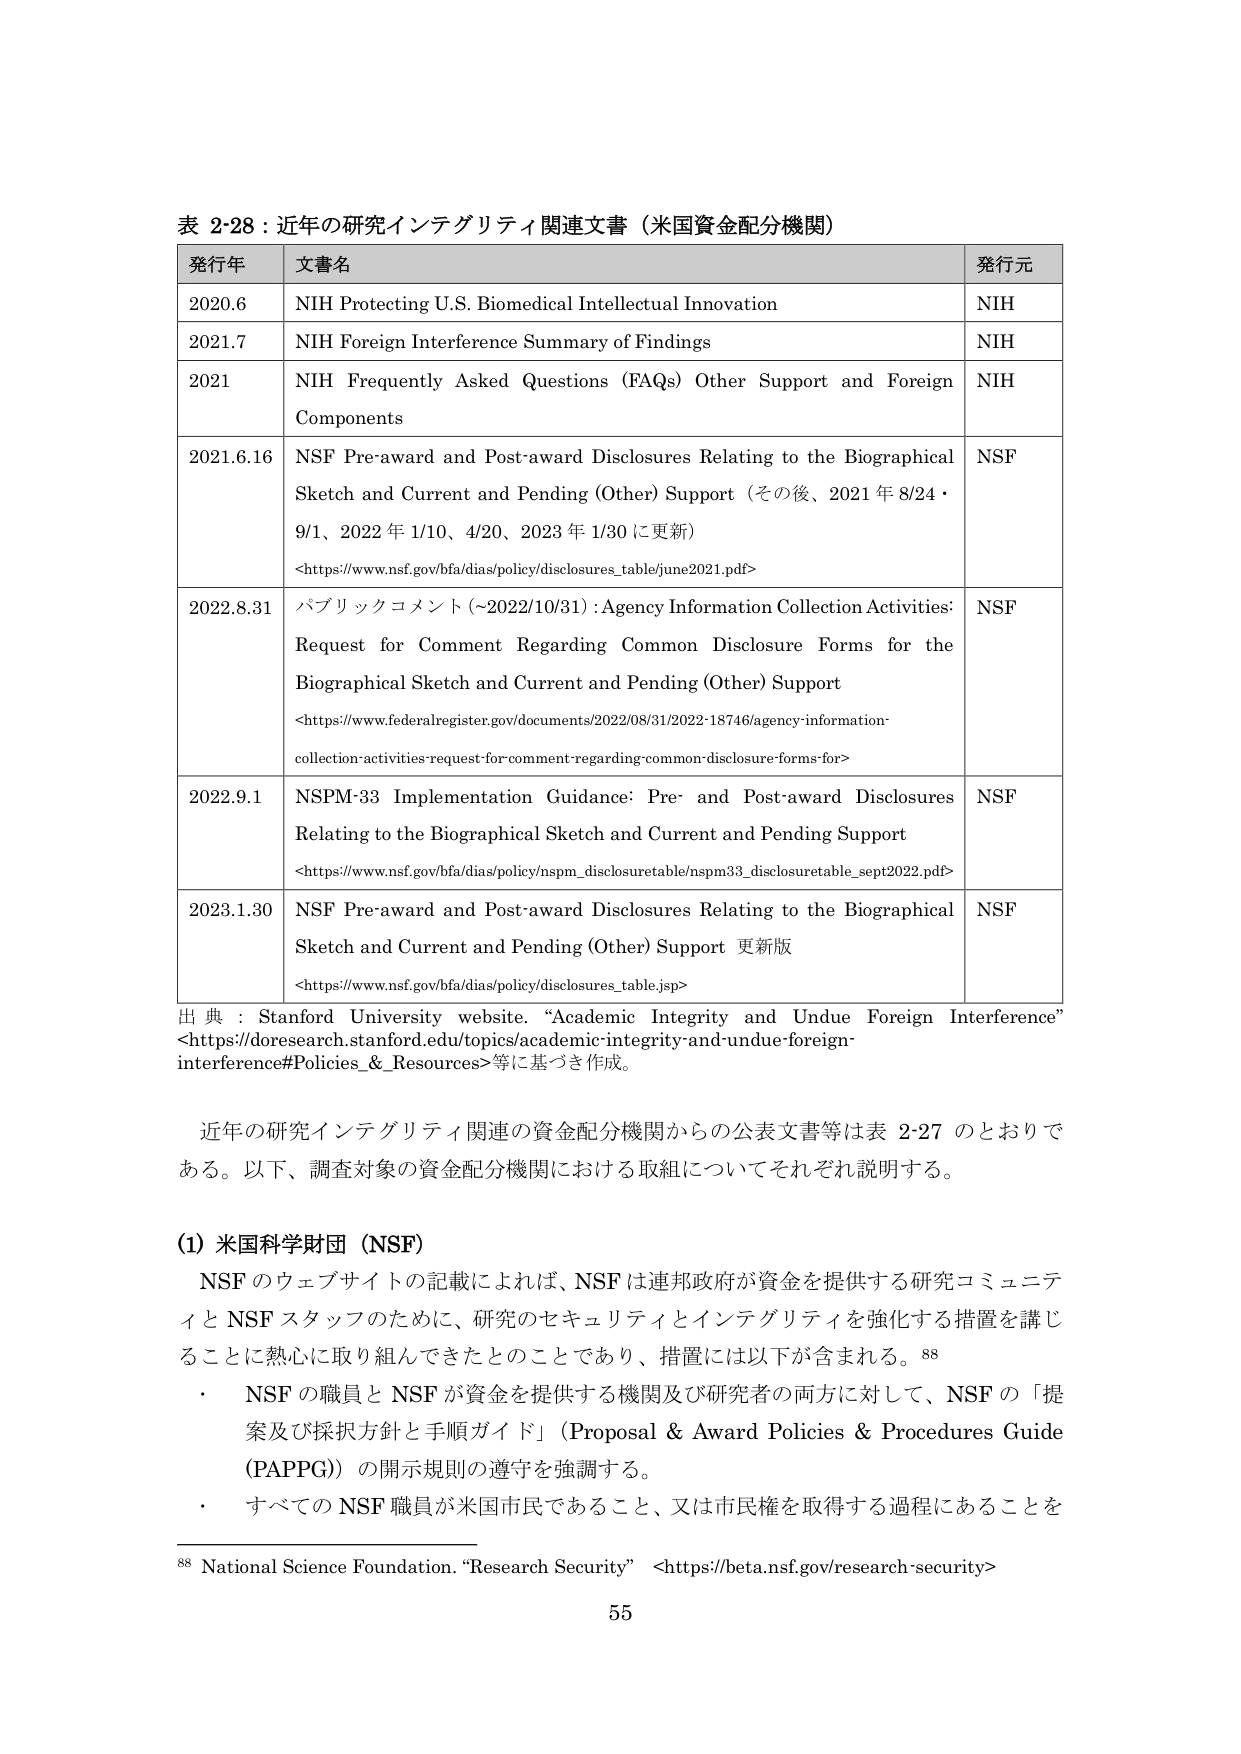
表 2-28：近年の研究インテグリティ関連文書（米国資金配分機関）

発行年 文書名 発行元
2020.6 NIH Protecting U.S. Biomedical Intellectual Innovation NIH
2021.7 NIH Foreign Interference Summary of Findings NIH
2021 NIH Frequently Asked Questions (FAQs) Other Support and Foreign Components NIH
2021.6.16 NSF Pre-award and Post-award Disclosures Relating to the Biographical Sketch and Current and Pending (Other) Support（その後、2021 年 8/24・9/1、2022 年 1/10、4/20、2023 年 1/30 に更新） <https://www.nsf.gov/bfa/dias/policy/disclosures_tablejune2021.pdf> NSF
2022.8.31 パブリックコメント（~2022/10/31）：Agency Information Collection Activities: Request for Comment Regarding Common Disclosure Forms for the Biographical Sketch and Current and Pending (Other) Support <https://www.federalregister.gov/documents/2022/08/31/2022-18746/agency-information-collection-activities-request-for-comment-regarding-common-disclosure-forms-for> NSF
2022.9.1 NSPM-33 Implementation Guidance: Pre- and Post-award Disclosures Relating to the Biographical Sketch and Current and Pending Support <https://www.nsf.gov/bfa/dias/policy/nspm_disclosuretable/nspm33_disclosuretable_sept2022.pdf> NSF
2023.1.30 NSF Pre-award and Post-award Disclosures Relating to the Biographical Sketch and Current and Pending (Other) Support 更新版 <https://www.nsf.gov/bfa/dias/policy/disclosures_table.jsp> NSF

出典：Stanford University website. “Academic Integrity and Undue Foreign Interference” <https://doresearch.stanford.edu/topics/academic-integrity-and-undue-foreign-interference#Policies_&_Resources>等に基づき作成。

近年の研究インテグリティ関連の資金配分機関からの公表文書等は表 2-27 のとおりである。以下、調査対象の資金配分機関における取組についてそれぞれ説明する。

(1) 米国科学財団（NSF）
NSF のウェブサイトの記載によれば、NSF は連邦政府が資金を提供する研究コミュニティと NSF スタッフのために、研究のセキュリティとインテグリティを強化する措置を講じることに熱心に取り組んできたとのことであり、措置には以下が含まれる。88
・ NSF の職員と NSF が資金を提供する機関及び研究者の両方に対して、NSF の「提案及び採択方針と手順ガイド」（Proposal & Award Policies & Procedures Guide (PAPPG)）の開示規則の遵守を強調する。
・ すべての NSF 職員が米国市民であること、又は市民権を取得する過程にあることを

88 National Science Foundation. “Research Security” <https://beta.nsf.gov/research-security>

55